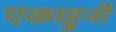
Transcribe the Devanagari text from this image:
एकाहुनी